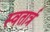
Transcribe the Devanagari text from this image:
स्वतार्त्र